Annual report of the Punjab Veterinary College and of the Civil Veterinary Department, Punjab - 1894-1908
Year: 1894
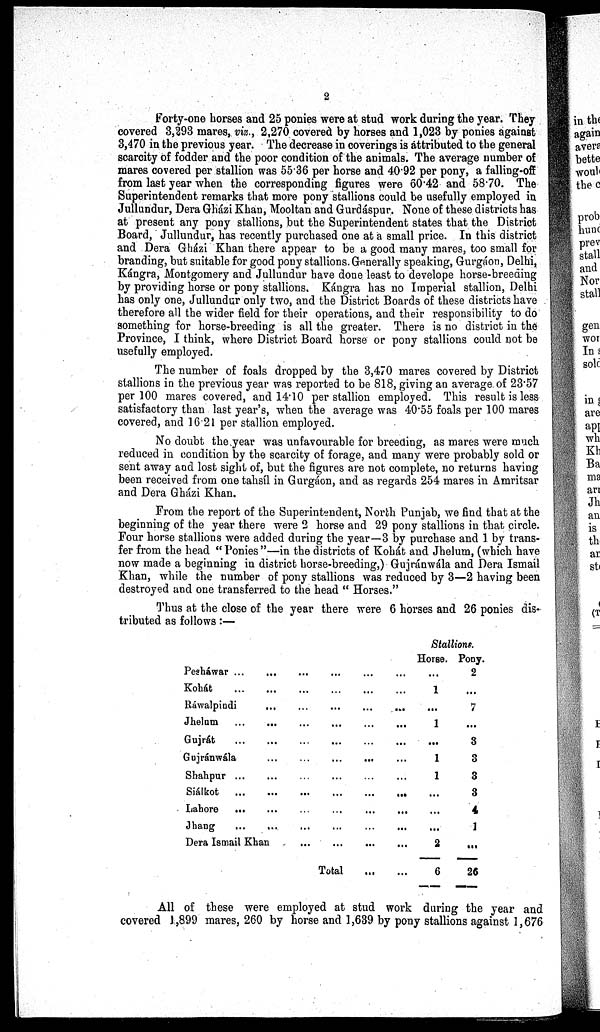
2
Forty-one horses and 25 ponies were at stud work during the year. They
covered 3,293 mares, viz., 2,270 covered by horses and 1,023 by ponies against
3,470 in the previous year. The decrease in coverings is attributed to the general
scarcity of fodder and the poor condition of the animals. The average number of
mares covered per stallion was 55.36 per horse and 40.92 per pony, a falling-off
from last year when the corresponding figures were 60.42 and 58.70. The
Superintendent remarks that more pony stallions could be usefully employed in
Jullundur, Dera Gházi Khan, Mooltan and Gurdáspur. None of these districts has
at present any pony stallions, but the Superintendent states that the District
Board, Jullundur, has recently purchased one at a small price. In this district
and Dera Gházi Khan there appear to be a good many mares, too small for
branding, but suitable for good pony stallions. Generally speaking, Gurgáon, Delhi,
Kángra, Montgomery and Jullundur have done least to develope horse-breeding
by providing horse or pony stallions. Kángra has no Imperial stallion, Delhi
has only one, Jullundur only two, and the District Boards of these districts have
therefore all the wider field for their operations, and their responsibility to do
something for horse-breeding is all the greater. There is no district in the
Province, I think, where District Board horse or pony stallions could not be
usefully employed.
The number of foals dropped by the 3,470 mares covered by District
stallions in the previous year was reported to be 818, giving an average of 23.57
per 100 mares covered, and 14.10 per stallion employed. This result is less
satisfactory than last year's, when the average was 40.55 foals per 100 mares
covered, and 1621 per stallion employed.
No doubt the year was unfavourable for breeding, as mares were much
reduced in condition by the scarcity of forage, and many were probably sold or
sent away and lost sight of, but the figures are not complete, no returns having
been received from one tahsíl in Gurgáon, and as regards 254 mares in Amritsar
and Dera Gházi Khan.
From the report of the Superintendent, North Punjab, we find that at the
beginning of the year there were 2 horse and 29 pony stallions in that circle.
Four horse stallions were added during the year—3 by purchase and 1 by trans-
fer from the head "Ponies"—in the districts of Kohát and Jhelum, (which have
now made a beginning in district horse-breeding,) Gujránwála and Dera Ismail
Khan, while the number of pony stallions was reduced by 3—2 having been
destroyed and one transferred to the head " Horses."
Thus at the close of the year there were 6 horses and 26 ponies dis-
tributed as follows:—
Peshawar .. ... ... ....
...
...
Kohát
…
...
...
...
...
...
Rawalpindi
...
…
...
...
…
Jhelum
…
...
...
...
...
...
Gujrát
…
...
...
... ... ...
Gujránwála
...
…
...
...
...
Shahpur ...
...
…
...
…
...
Siálkot
…
...
…
...
...
…
Lahore
...
...
…
...
...
...
Jhang
…
...
...
...
…
...
Dera Ismail Khan...
...
...
...
Total
...
Stallions.
Horse.
...
1
…
1
...
1
1
...
...
...
2
6
Pony.
2
...
…
...
3
3
3
3
4
1
...
26
All of these were employed at stud work during the year and
covered 1,899 mares, 260 by horse and 1,639 by pony stallions against 1,676